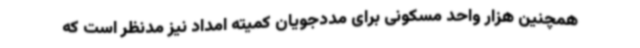
همچنین هزار واحد مسکونی برای مددجویان کمیته امداد نیز مدنظر است که